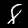
Label: 8